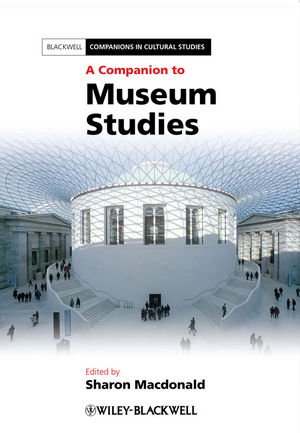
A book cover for A Companion to Museum Studies; Business & Money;